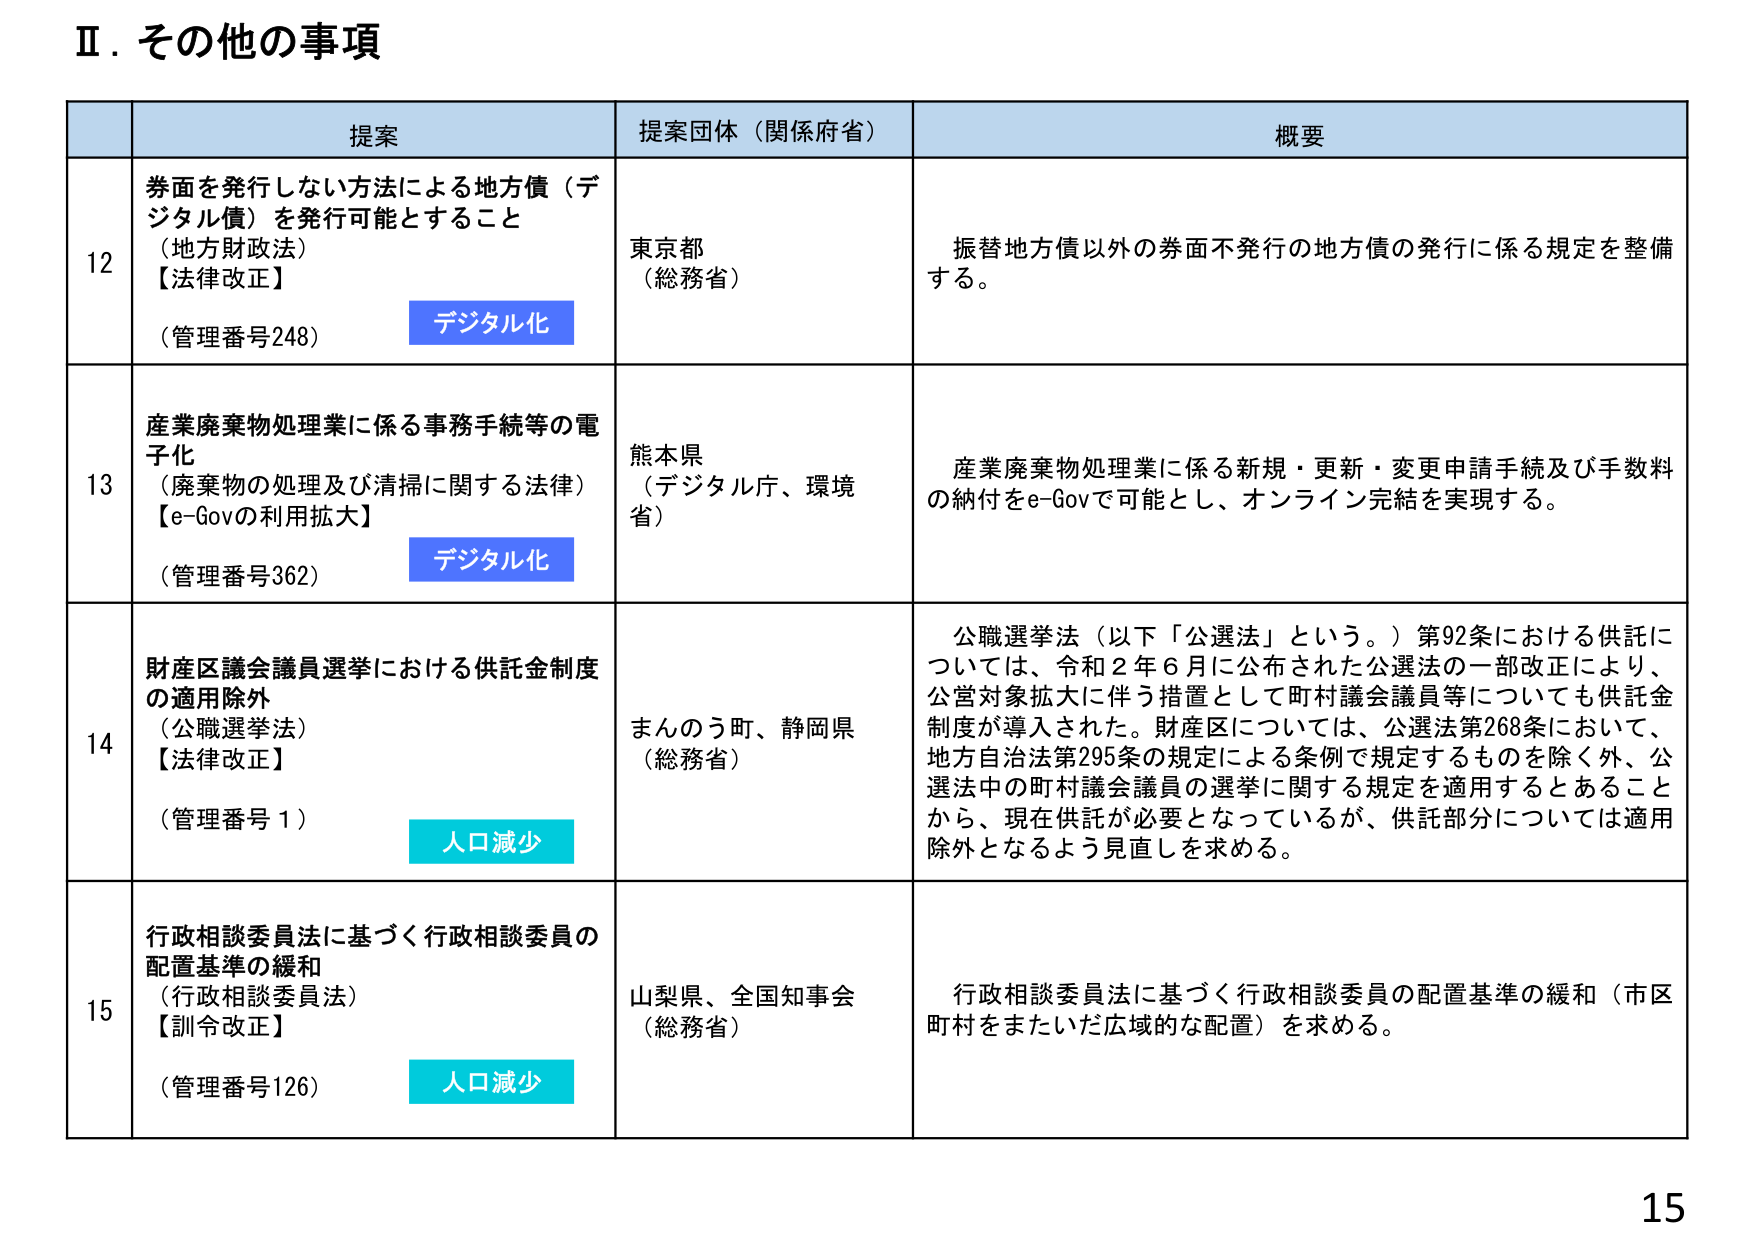
Ⅱ．その他の事項

提案 提案団体（関係府省） 概要

12 券面を発行しない方法による地方債（デジタル債）を発行可能とすること （地方財政法） 【法律改正】 （管理番号248） デジタル化 東京都 （総務省） 振替地方債以外の券面不発行の地方債の発行に係る規定を整備する。

13 産業廃棄物処理業に係る事務手続等の電子化 （廃棄物の処理及び清掃に関する法律） 【e-Govの利用拡大】 （管理番号362） デジタル化 熊本県 （デジタル庁、環境省） 産業廃棄物処理業に係る新規・更新・変更申請手続及び手数料の納付をe-Govで可能とし、オンライン完結を実現する。

14 財産区議会議員選挙における供託金制度の適用除外 （公職選挙法） 【法律改正】 （管理番号1） 人口減少 まんのう町、静岡県 （総務省） 公職選挙法（以下「公選法」という。）第92条における供託については、令和2年6月に公布された公選法の一部改正により、公営対象拡大に伴う措置として町村議会議員等についても供託金制度が導入された。財産区については、公選法第268条において、地方自治法第295条の規定による条例で規定するものを除く外、公選法中の町村議会議員の選挙に関する規定を適用するとあることから、現在供託が必要となっているが、供託部分については適用除外となるよう見直しを求める。

15 行政相談委員法に基づく行政相談委員の配置基準の緩和 （行政相談委員法） 【訓令改正】 （管理番号126） 人口減少 山梨県、全国知事会 （総務省） 行政相談委員法に基づく行政相談委員の配置基準の緩和（市区町村をまたいだ広域的な配置）を求める。

15